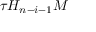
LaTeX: \tau H _ { n - i - 1 } M